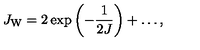
J _ { \mathrm { W } } = 2 \exp \left( - { \frac { 1 } { 2 J } } \right) + \ldots ,